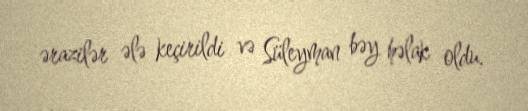
ərazilər ələ keçirildi və Süleyman bəy həlak oldu.